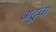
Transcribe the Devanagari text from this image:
अटूवा